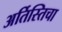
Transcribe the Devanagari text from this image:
अर्तिस्तिचा